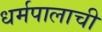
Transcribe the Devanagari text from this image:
धर्मपालाची